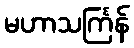
မဟာသင်္ကြန်